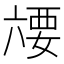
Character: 𰃥